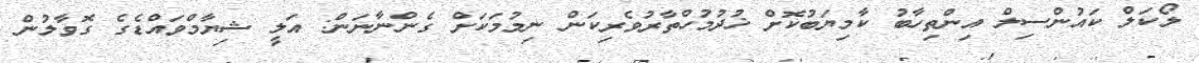
ލޯކަލް ކައުންސިލް އިންތިހާބު ކާމިޔަބުކޮށް ޚުދުމުހްތާރުވެރިކަން ނިމުމަކަށް ގެންނާނަން: އަލީ ޝިޔާމްވައްޑެގެ ގޮވާލުން